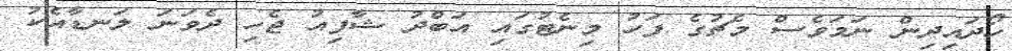
ހޯދައިދިން ނަމަވެސް މެޗުގެ ފަހު މިނެޓުގައި އަބްދު ޝާފިއު ޖެހި ދެވަނަ ލަނޑާއެކު